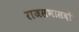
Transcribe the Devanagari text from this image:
राजसभासदों